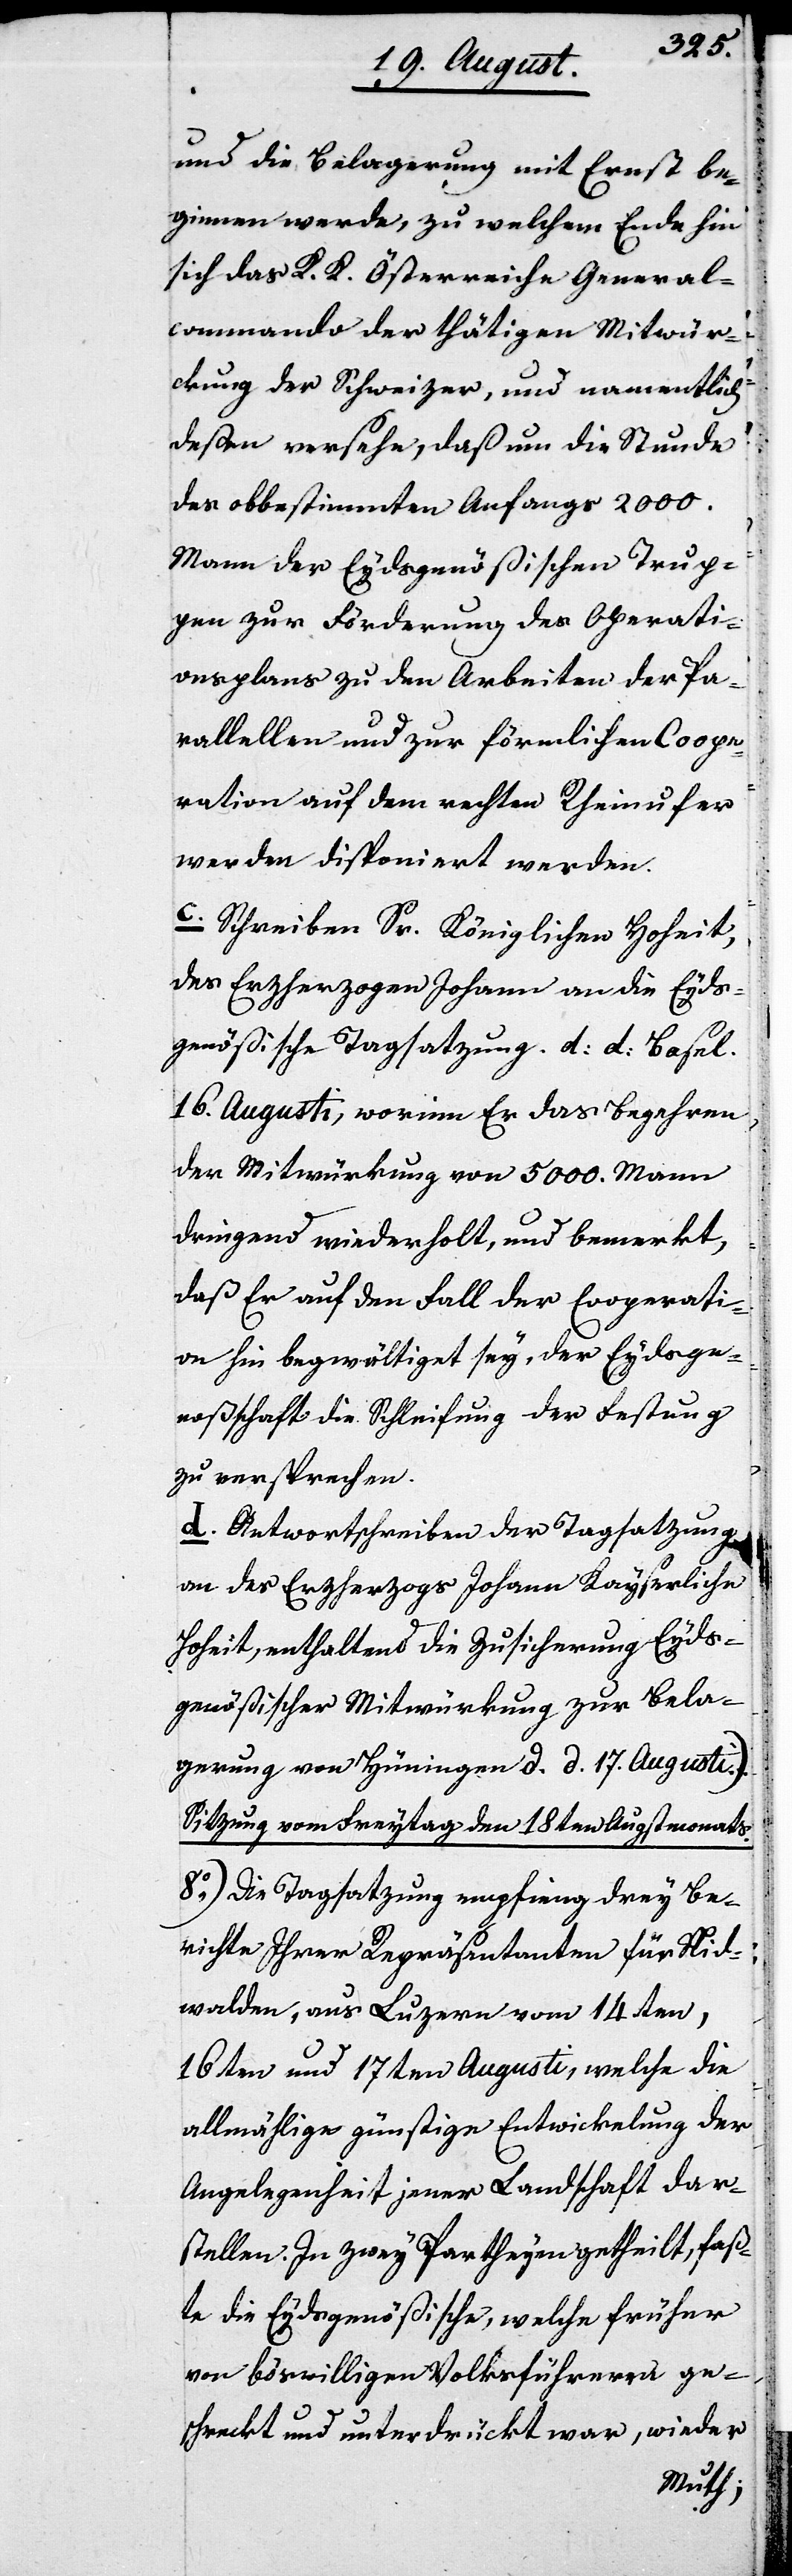
und die Belagerung mit Ernst be¬
ginnen werde, zu welchem Ende hin
sich das K. K. Österreichische General¬
commando der thätigen Mitwir¬
kung der Schweizer, und namentlich
deßen versehe, daß um die Stunde
des obbestimmten Anfangs 2000.
Mann der Eydsgenößischen Trup¬
pen zur Förderung des Operati¬
onsplans zu den Arbeiten der Pa¬
rallellen und zur förmlichen Coope¬
ration auf dem rechten Rheinufer
werden disponiert werden.
c. Schreiben Sr. Königlichen Hoheit,
des Erzherzogen Johann an die Eyds¬
genößische Tagsatzung d. d. Basel
16. Augusti, worinn Er das Begehren
der Mitwürkung von 5000. Mann
dringend wiederholt, und bemerkt,
daß er auf den Fall der Cooperati¬
on hin begwältiget sey, der Eydsge¬
noßenschaft die Schleifung der Festung
zu versprechen.
d. Antwortschreiben der Tagsatzung
an des Erzherzogs Johann Kayserliche
Hoheit, enthaltend die Zusicherung Eyds¬
genößischer Mitwürkung zu Bela¬
gerung von Hüningen d. d. 17. Augusti.)
Sitzung vom Freytag den 18ten Augstmonats.
8.) Die Tagsatzung empfieng drey Be¬
richte Ihrer Repräsentanten für Nid¬
walden, aus Luzern vom 14ten,
16ten und 17ten Augusti, welche die
allmählige günstige Entwicklung der
Angelegenheit jener Landschaft dar¬
stellen. In zwey Partheyen getheilt, faß¬
te die Eydsgenößische, welche früher
von böswilligen Volksführeren ge¬
schreckt und unterdrückt war, wieder